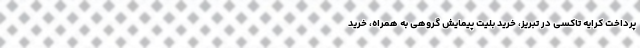
پرداخت کرایه تاکسی در تبریز، خرید بلیت پیمایش گروهی به همراه، خرید